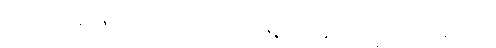
စာတုမဟာရာဇိကေဟိ၊ စတုမာဟာရာဇ်နတ်တို့နှင့်။ သဒ္ဓိံ၊ တကွ။ ဧကဗဒ္ဓံ